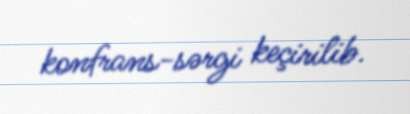
konfrans-sərgi keçirilib.